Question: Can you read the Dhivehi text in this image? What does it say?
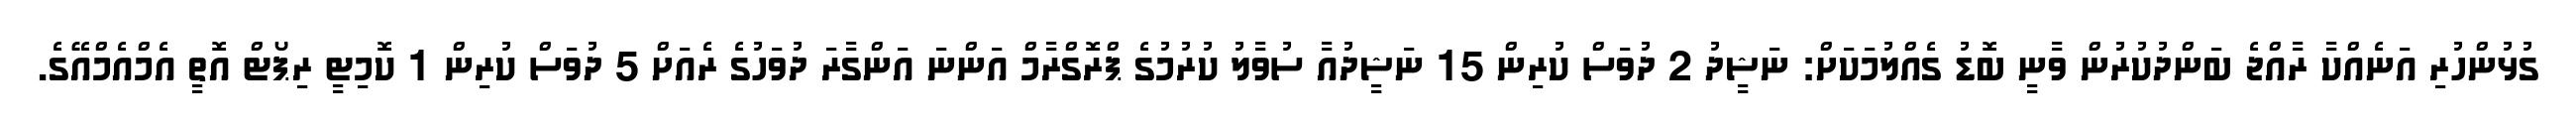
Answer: ގުޅުންހުރި އަނެއްކާ ރާއްޖެ ބަންދުކުރުން ވާނީ ބޮޑު ގެއްލުމަކަށް: ނަޝީދު 2 ދުވަސް ކުރިން 15 ނަޝީދުއާ ސުވާލު ކުރުމުގެ ޕްރޮގްރާމް އަންނަ އަންގާރަ ދުވަހުގެ ރެއަށް 5 ދުވަސް ކުރިން 1 ކޮމިޓީ ރިޕޯޓް އޮތީ އެމްއެމްއޭގެ.